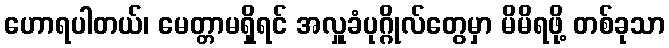
ဟောရပါတယ်၊ မေတ္တာမရှိရင် အလှူခံပုဂ္ဂိုလ်တွေမှာ မိမိရဖို့ တစ်ခုသာ